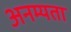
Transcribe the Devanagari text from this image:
अनम्यता